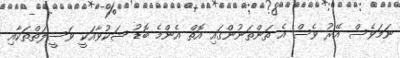
ނަމަވެސް އޭރު ވެސް އެ ތަންތަނުންގައި އޮތް އެންމެ ބޮޑު ޝަކުވާއަކީ ވަސީލަތްތަކާއި